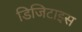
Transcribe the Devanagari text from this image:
डिजिटाइस